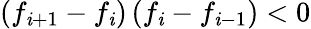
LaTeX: \left(f_{\mathit{i}+1}-f_{\mathit{i}}\right)\left(f_{\mathit{i}}-f_{\mathit{i}-1}\right)<0